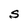
Character: S